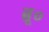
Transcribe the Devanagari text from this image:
ब्रू०